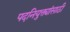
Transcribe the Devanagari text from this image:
पदनियुक्त्यांसाठी